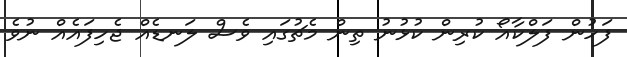
ފަހުން ފަލްކާއޯ ކުރިން ކުޅުނު ތިން މެޗުގައި ވެސް ލަނޑެއް ޖެހިފައެއް ނުވެ